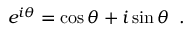
e ^ { i \theta } = \cos { \theta } + i \sin { \theta } \; \; .